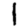
Digit: 1